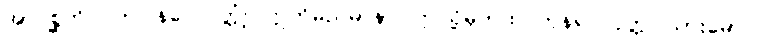
အာဂစ္ဆတိ၊ လာပြန်ပေလတ္တံ့။ ဣတိမညမာနာ၊ ဤသို့မှတ်ထင်ကုန်၍။ ပုတ္တ၊ သားမောင်။